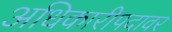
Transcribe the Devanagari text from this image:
अधिकारीपदावर